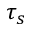
\tau _ { s }